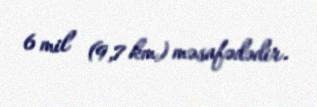
6 mil (9,7 km) məsafədədir.